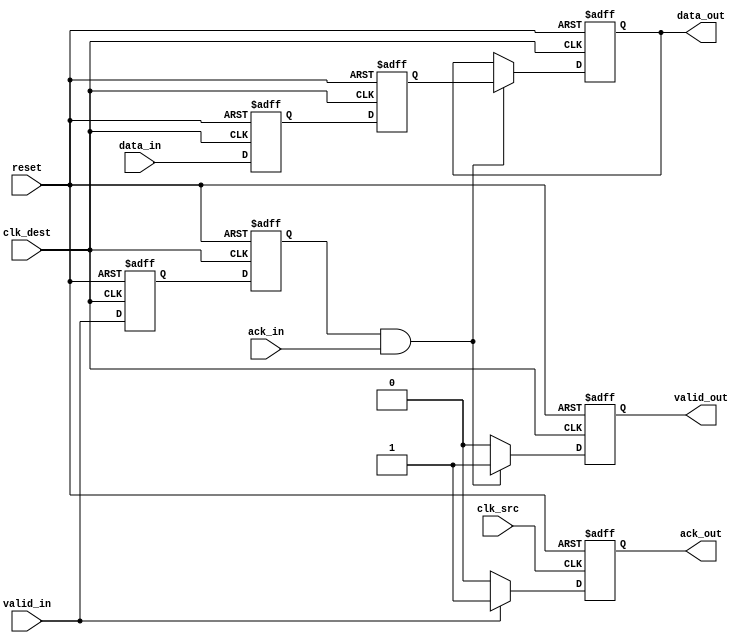
module handshake_synchronizer (
    input wire        clk_src,      // Clock for source domain
    input wire        clk_dest,     // Clock for destination domain
    input wire        reset,        // Asynchronous reset
    input wire [7:0] data_in,      // Data input from source domain
    input wire        valid_in,     // Valid signal for data input
    output reg [7:0] data_out,      // Synchronized data output for destination domain
    output reg       valid_out,     // Valid signal for data output
    input wire        ack_in,       // Acknowledgment from destination domain
    output reg       ack_out        // Acknowledgment from source domain
);

// Internal signals for synchronization
reg [7:0] data_sync_1, data_sync_2;
reg valid_sync_1, valid_sync_2;

// Source domain logic
always @(posedge clk_src or posedge reset) begin
    if (reset) begin
        ack_out <= 1'b0;
    end else begin
        if (valid_in) begin
            ack_out <= 1'b1; // Assert ack_out when valid_in is high
        end else begin
            ack_out <= 1'b0; // Deassert ack_out when valid_in is low
        end
    end
end

// Destination domain logic
always @(posedge clk_dest or posedge reset) begin
    if (reset) begin
        data_sync_1 <= 8'b0;
        valid_sync_1 <= 1'b0;
        data_sync_2 <= 8'b0;
        valid_sync_2 <= 1'b0;
        data_out <= 8'b0;
        valid_out <= 1'b0;
    end else begin
        // Synchronize data and valid signals
        data_sync_1 <= data_in;
        valid_sync_1 <= valid_in;
        
        // Second stage of synchronization
        data_sync_2 <= data_sync_1;
        valid_sync_2 <= valid_sync_1;

        // Check for acknowledgment
        if (valid_sync_2 && ack_in) begin
            data_out <= data_sync_2; // Output the synchronized data
            valid_out <= 1'b1;        // Assert valid_out
        end else begin
            valid_out <= 1'b0;        // Deassert valid_out if not acknowledged
        end
    end
end

endmodule